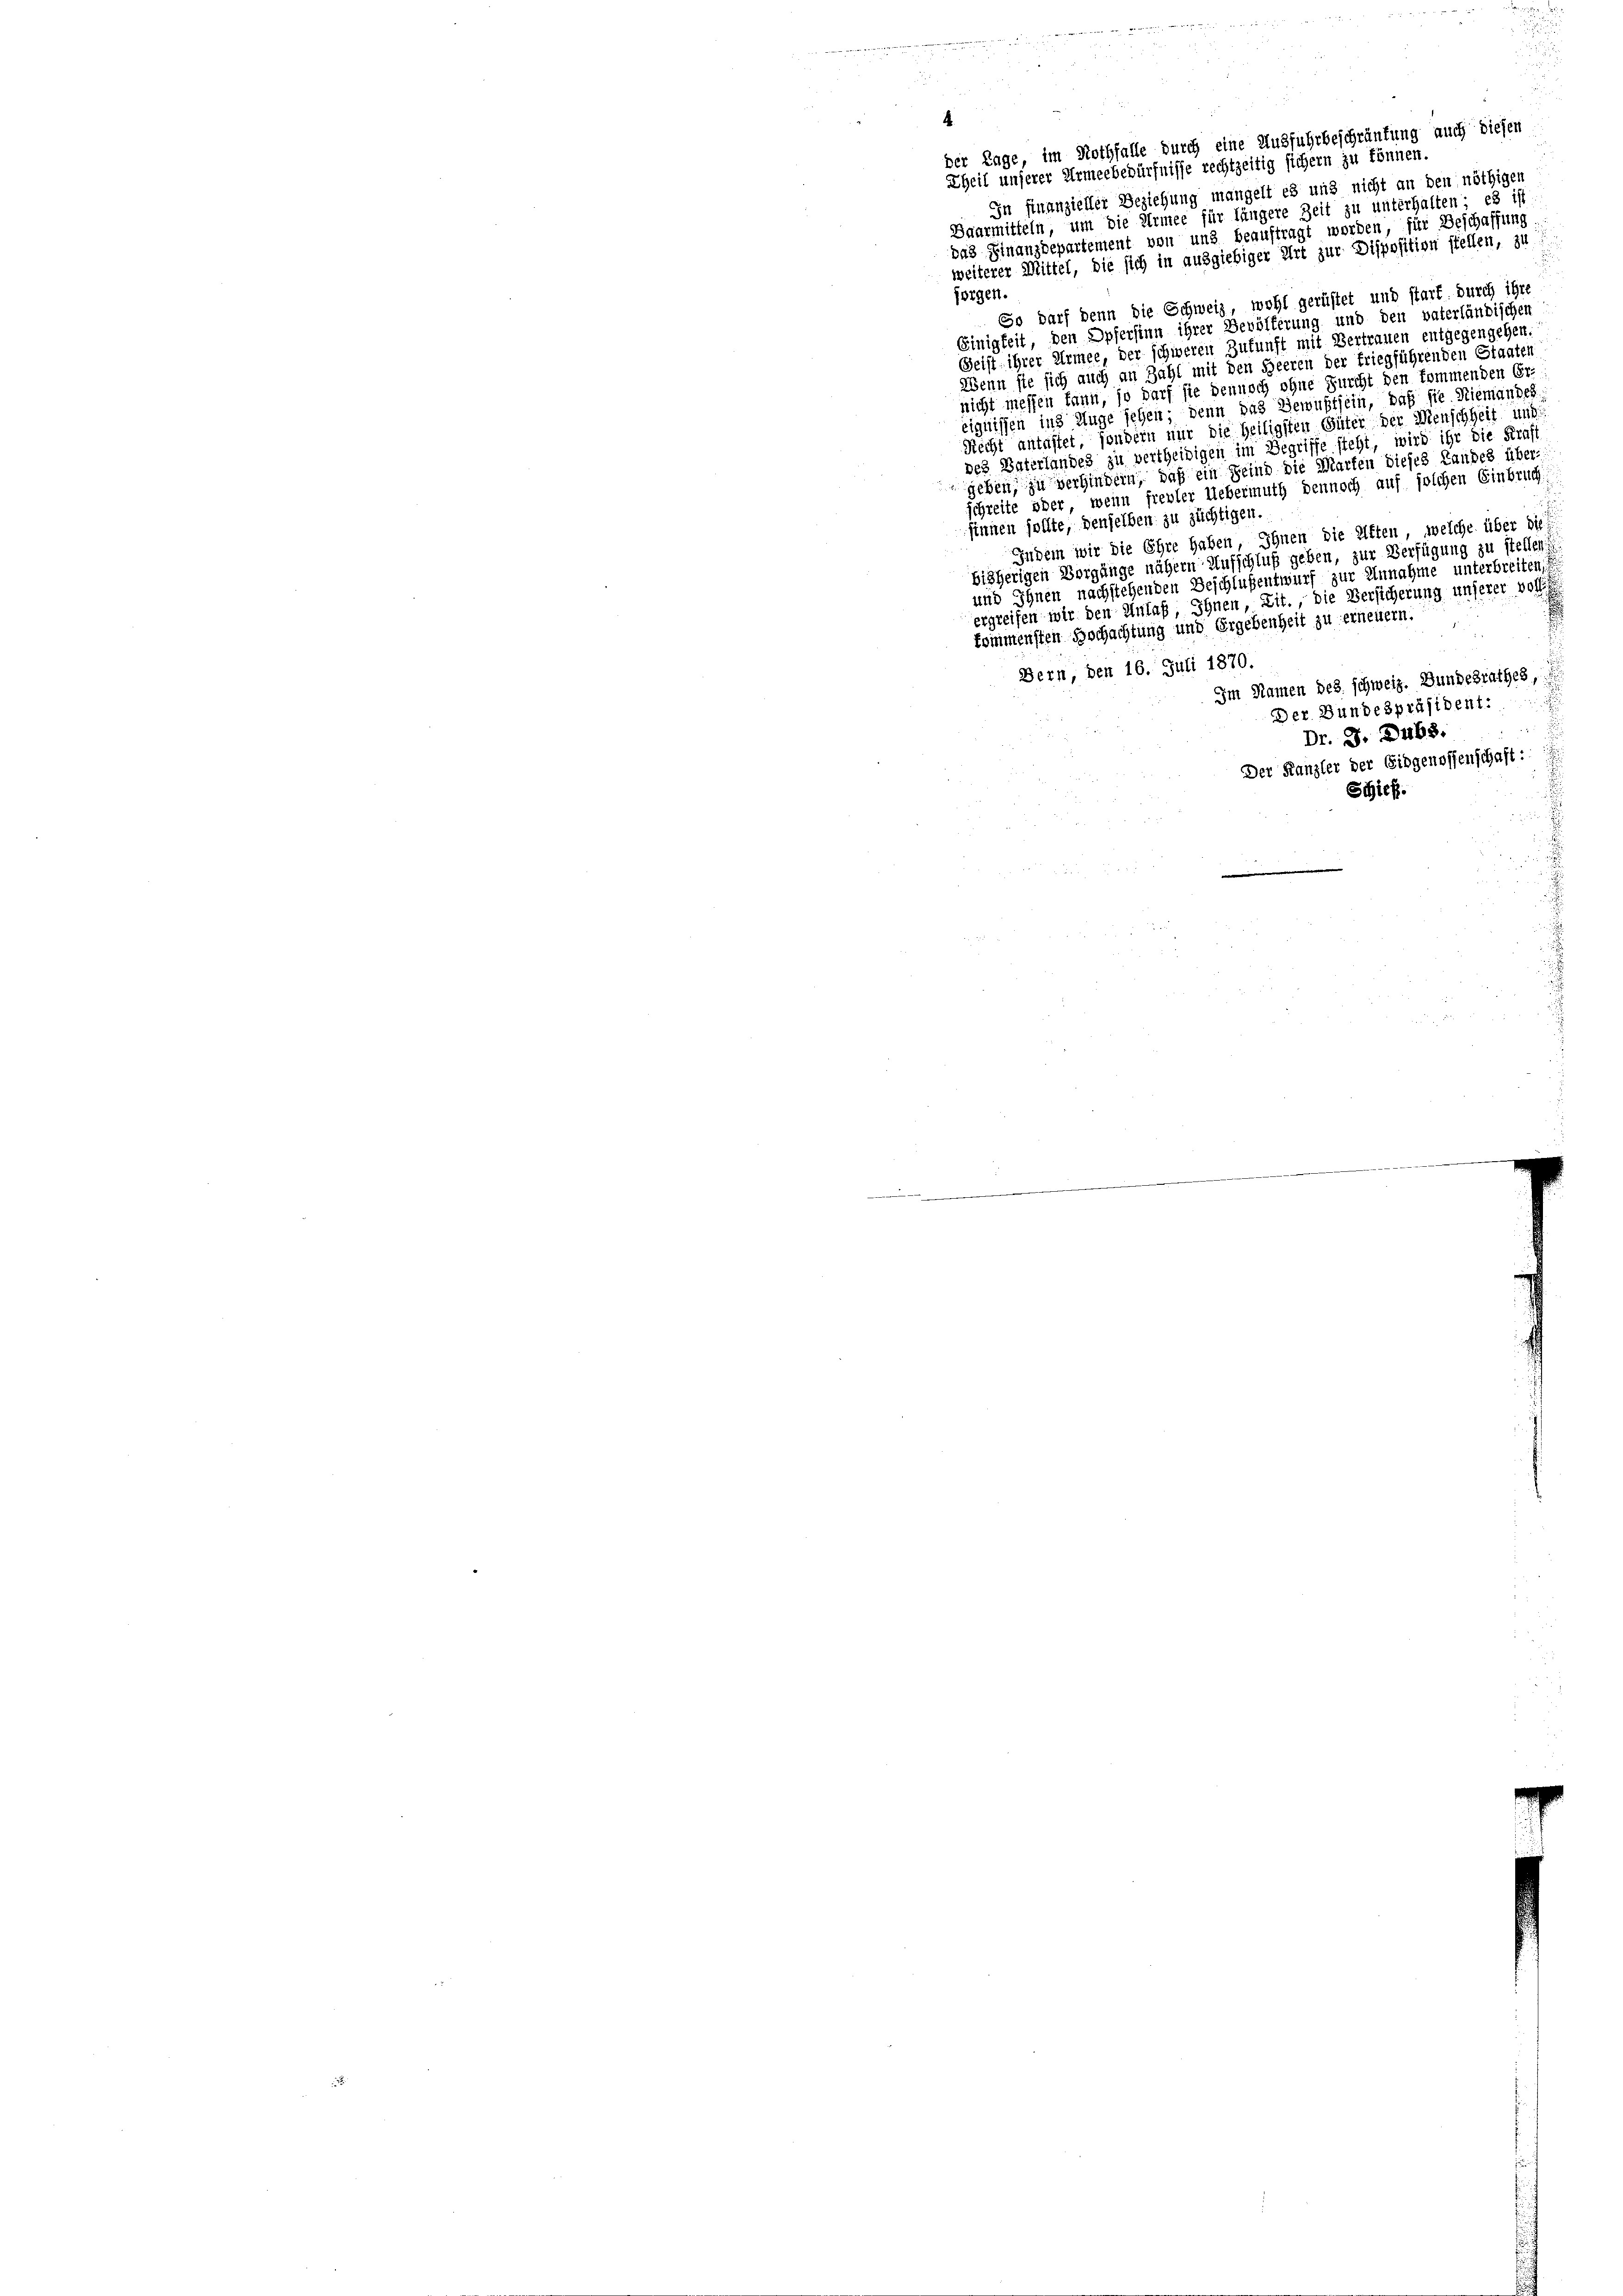
.
der Tage, im Nothfalle durch eine Ausfuhrbeschränkung auch diesen
Theil unserer Armeebedürfnisse rechtzeitig sichern zu können.
In finanzieller Beziehung mangelt es und nicht an den nöthigen
Daarmitteln, um die Armee für längere Zeit zu unterhalten; es ist
das Finanzdepartement von und beauftragt worden, für Beschaffung
weiterer Mittel, die sich in ausgiebiger Art zur Disposition stellen, zu
forgen.
So darf denn die Schweiz, wohl gerüstet und start. durch ihre
Einigkeit, den Opfersten ihrer Bevölferung und den vaterländischen
Geist ihrer Armee, der schweren Zukunft mit Vertrauen entgegengehen.
Wenn sie sich auch an Zahl mit den Heeren der Friegführenden Staaten
nicht messen kann, so darf sie dennoch ohne Furcht den kommenden Er-
eignissen ins Auge sehen; denn das Bewußtsein, daß sie Niemandes.
Recht antastet, sondern nur die Heiligsten Güter der Menschheit und
des Vaterlandes zu vertheidigen im Begriffe steht, wird ihr die Kraf
geben, zu verhindern, daß ein Feind die Marten dieses Landes über-
schreite oder wenn freuler Uebermuth dennoch auf solchen Einbruch
sinnen sollte, denselben zu züchtigen.
Indem wir die Ehre haben, Ihnen die Atten, welche über die
bisherigen Vorgänge nähern Aufschluß geben, zur Verfügung zu stellen?
und Ihnen nachstehenden Beschlußentwurf zur Annahme unterbreiten,
ergreifen wir den Anlaß Ihnen, Lit., die Versicherung unserer voll
kommensten Hochachtung und Ergebenheit zu erneuern.
Bern, den 16. Juli 1870.
Im Namen des schweiz. Bundesrathes
Der Bundespräsident:
Dr. J. Dubs.
Der Kanzler der Eidgenossenschaft:
Schief.
   den in daran sie es war ich an die zu de den de

u